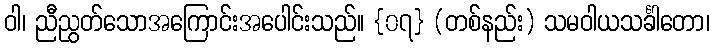
ဝါ၊ ညီညွတ်သောအကြောင်းအပေါင်းသည်။ {၀၇} (တစ်နည်း) သမဝါယသင်္ခါတော၊